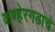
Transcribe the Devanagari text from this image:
कण्हेरगडाचे